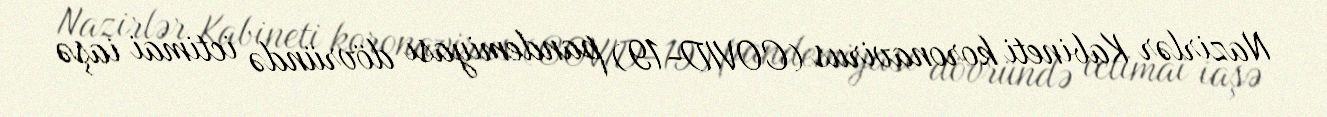
Nazirlər Kabineti koronavirus (COVID-19) pandemiyası dövründə ictimai iaşə